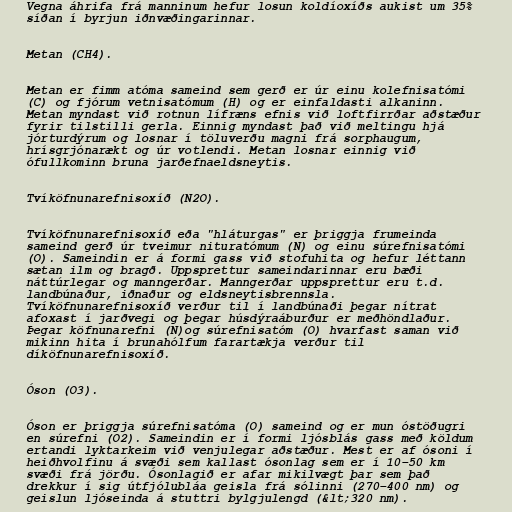
Vegna áhrifa frá manninum hefur losun koldíoxíðs aukist um 35%
síðan í byrjun iðnvæðingarinnar.

Metan (CH4).

Metan er fimm atóma sameind sem gerð er úr einu kolefnisatómi
(C) og fjórum vetnisatómum (H) og er einfaldasti alkaninn.
Metan myndast við rotnun lífræns efnis við loftfirrðar aðstæður
fyrir tilstilli gerla. Einnig myndast það við meltingu hjá
jórturdýrum og losnar í töluverðu magni frá sorphaugum,
hrísgrjónarækt og úr votlendi. Metan losnar einnig við
ófullkominn bruna jarðefnaeldsneytis.

Tvíköfnunarefnisoxíð (N2O).

Tvíköfnunarefnisoxíð eða "hláturgas" er þriggja frumeinda
sameind gerð úr tveimur nituratómum (N) og einu súrefnisatómi
(O). Sameindin er á formi gass við stofuhita og hefur léttann
sætan ilm og bragð. Uppsprettur sameindarinnar eru bæði
náttúrlegar og manngerðar. Manngerðar uppsprettur eru t.d.
landbúnaður, iðnaður og eldsneytisbrennsla.
Tvíköfnunarefnisoxíð verður til í landbúnaði þegar nítrat
afoxast í jarðvegi og þegar húsdýraáburður er meðhöndlaður.
Þegar köfnunarefni (N)og súrefnisatóm (O) hvarfast saman við
mikinn hita í brunahólfum farartækja verður til
díköfnunarefnisoxíð.

Óson (O3).

Óson er þriggja súrefnisatóma (O) sameind og er mun óstöðugri
en súrefni (O2). Sameindin er í formi ljósblás gass með köldum
ertandi lyktarkeim við venjulegar aðstæður. Mest er af ósoni í
heiðhvolfinu á svæði sem kallast ósonlag sem er í 10−50 km
svæði frá jörðu. Ósonlagið er afar mikilvægt þar sem það
drekkur í sig útfjólubláa geisla frá sólinni (270−400 nm) og
geislun ljóseinda á stuttri bylgjulengd (&lt;320 nm).